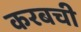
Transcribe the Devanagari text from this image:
करबची